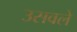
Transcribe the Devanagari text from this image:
उसवले